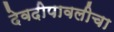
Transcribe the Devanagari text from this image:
देवदीपावलीचा